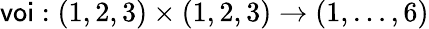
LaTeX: \textsf{voi}:(1,2,3)\times(1,2,3)\to(1,\ldots,6)